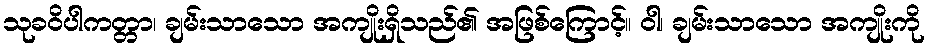
သုခဝိပါကတ္တာ၊ ချမ်းသာသော အကျိုးရှိသည်၏ အဖြစ်ကြောင့်။ ဝါ၊ ချမ်းသာသော အကျိုးကို